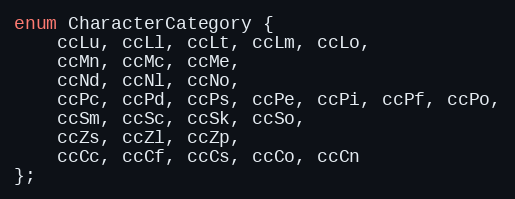
Language: C
enum CharacterCategory {
	ccLu, ccLl, ccLt, ccLm, ccLo,
	ccMn, ccMc, ccMe,
	ccNd, ccNl, ccNo,
	ccPc, ccPd, ccPs, ccPe, ccPi, ccPf, ccPo,
	ccSm, ccSc, ccSk, ccSo,
	ccZs, ccZl, ccZp,
	ccCc, ccCf, ccCs, ccCo, ccCn
};